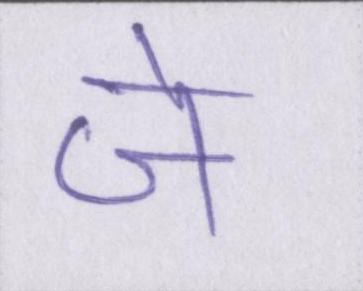
जे